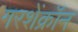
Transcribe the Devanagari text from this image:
गरशेंक्रॉन